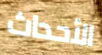
الأحداث